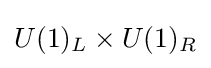
U(1)_{L}\times U(1)_{R}